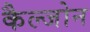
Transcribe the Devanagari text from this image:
कैल्जोन